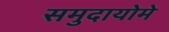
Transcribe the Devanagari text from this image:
समुदायोमे